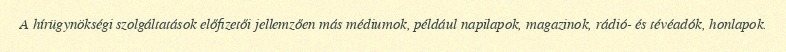
A hírügynökségi szolgáltatások előfizetői jellemzően más médiumok, például napilapok, magazinok, rádió- és tévéadók, honlapok.